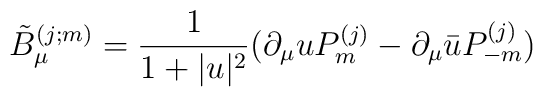
\tilde{B}_{\mu}^{(j;m)} = \frac{1}{1+|u|^2}             (\partial_{\mu}u P_m^{(j)}-\partial_{\mu}\bar{u} P_{-m}^{(j)})